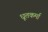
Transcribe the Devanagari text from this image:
धूतकर्मा